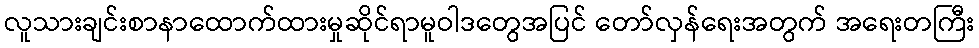
လူသားချင်းစာနာထောက်ထားမှုဆိုင်ရာမူဝါဒတွေအပြင် တော်လှန်ရေးအတွက် အရေးတကြီး